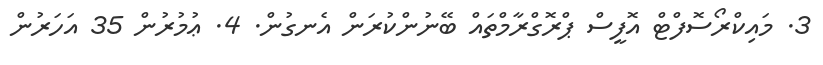
3. މައިކްރޯސޮފްޓް އޮފީސް ޕްރޮގްރާމްތައް ބޭނުންކުރަން އެނގުން. 4. ޢުމުރުން 35 އަހަރުން